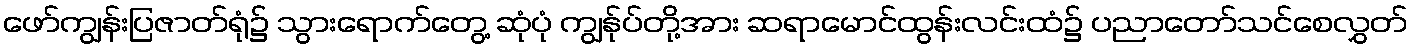
ဖော်ကျွန်းပြဇာတ်ရုံ၌ သွားရောက်တွေ့ ဆုံပုံ ကျွန်ုပ်တို့အား ဆရာမောင်ထွန်းလင်းထံ၌ ပညာတော်သင်စေလွှတ်